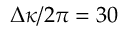
\Delta \kappa / 2 \pi = 3 0